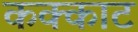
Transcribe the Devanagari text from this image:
कक्काट